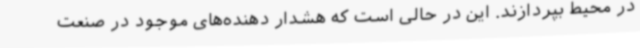
در محیط بپردازند. این در حالی است که هشدار دهنده‌های موجود در صنعت